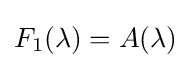
F_{1}(\lambda )=A(\lambda )